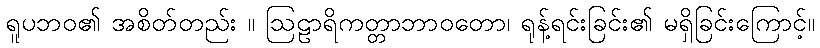
ရူပဘဝ၏ အစိတ်တည်း ။ ဩဠာရိကတ္တာဘာဝတော၊ ရုန့်ရင်းခြင်း၏ မရှိခြင်းကြောင့်။